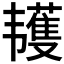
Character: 𱂌